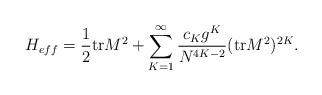
LaTeX: \begin{align*}H_{eff} = \frac{1}{2}{\rm tr}M^2 +\sum_{K=1}^{\infty}\frac{c_K g^K}{N^{4K-2}}({\rm tr}M^2 )^{2K}.\end{align*}